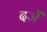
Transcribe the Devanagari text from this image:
दर्जें